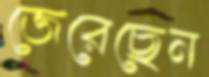
জেরেছেন